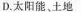
D.太阳能、土地